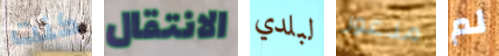
كنت الانتقال لبلدي مذعور لم